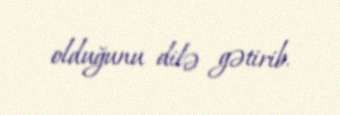
olduğunu dilə gətirib.